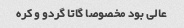
عالی بود مخصوصا گاتا گردو و کره